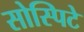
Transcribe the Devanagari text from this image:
सोस्पिटे